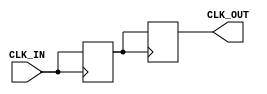
module BasicClockBuffer (
    input wire CLK_IN,      // Clock input
    output reg CLK_OUT      // Clock output
);

// Parameter for propagation delay (in simulation)
parameter PROP_DELAY = 1; // Adjust as needed for your design

// Internal signal for buffering
reg clk_buf;

// Always block to drive the buffered clock output
always @(posedge CLK_IN) begin
    #PROP_DELAY clk_buf <= CLK_IN; // Buffering with propagation delay
end

// Assign the buffered clock to the output
always @(posedge clk_buf) begin
    CLK_OUT <= clk_buf; // Drive the output with the buffered clock
end

endmodule